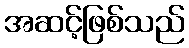
အဆင့်ဖြစ်သည်